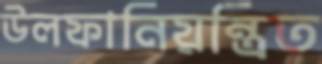
উলফানিয়ন্ত্রিত